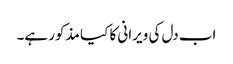
اب دل کی ویرانی کا کیا مذکور ہے۔